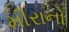
મીરાનો